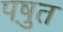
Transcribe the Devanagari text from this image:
पष़ुत